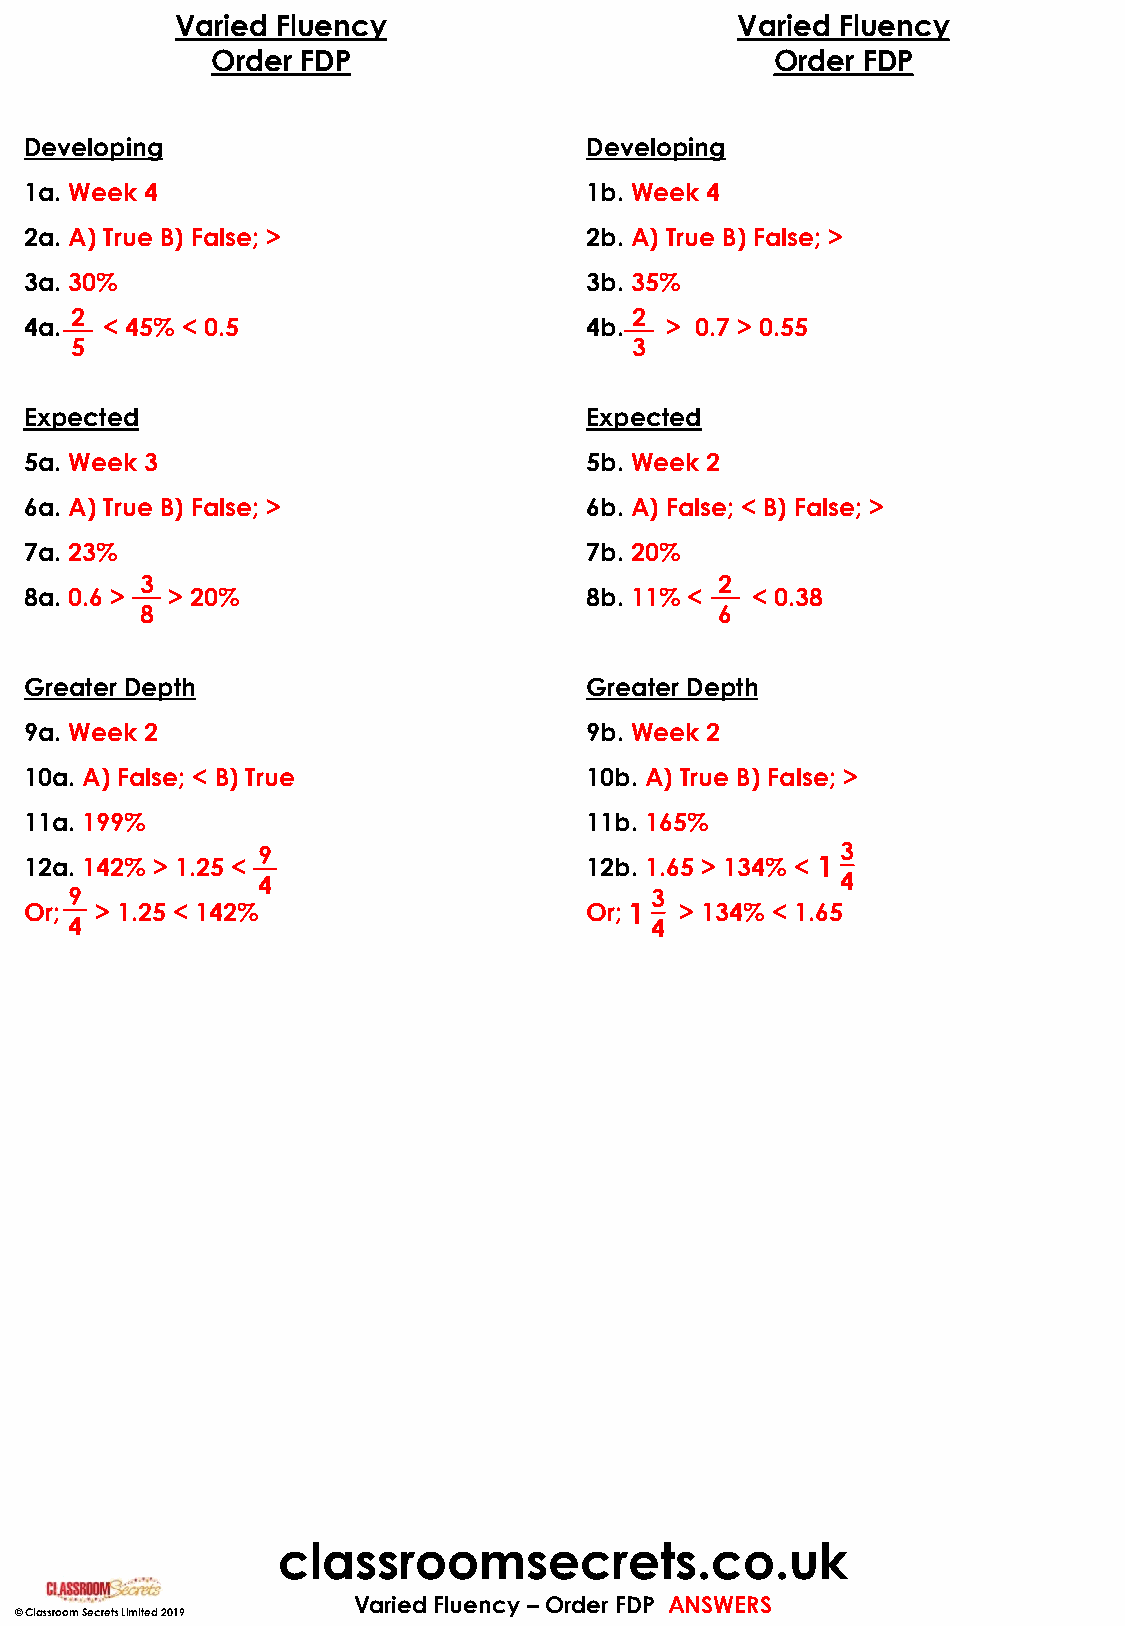
Varied Fluency                       Varied Fluency
 Order FDP                            Order FDP
 Developing                           Developing
 1a. Week 4                           1b. Week 4
 2a. A) True B) False; >              2b. A) True B) False; >
 3a. 30%                              3b. 35%
 2                                    2
 4a.  < 45% < 0.5                     4b.  > 0.7 > 0.55
 5                                    3
 Expected                             Expected
 5a. Week 3                           5b. Week 2
 6a. A) True B) False; >              6b. A) False; < B) False; >
 7a. 23%                              7b. 20%
 3                                      2
 8a. 0.6 > > 20%                      8b. 11% <  < 0.38
 8                                      6
 Greater Depth                        Greater Depth
 9a. Week 2                           9b. Week 2
 10a. A) False; < B) True             10b. A) True B) False; >
 11a. 199%                            11b. 165%
 9                                      3
 12a. 142% > 1.25 <                   12b. 1.65 > 134% < 1
 4                                      4
 9                                     3
 Or; > 1.25 < 142%                    Or; 1 > 134% < 1.65
 4                                     4
 classroomsecrets.co.uk
 Varied Fluency – Order FDP ANSWERS
 © Classroom Secrets Limited 2019